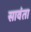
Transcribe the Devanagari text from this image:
सावंता